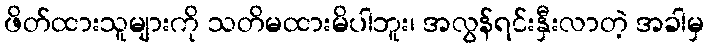
ဖိတ်ထားသူများကို သတိမထားမိပါဘူး၊ အလွန်ရင်းနှီးလာတဲ့ အခါမှ